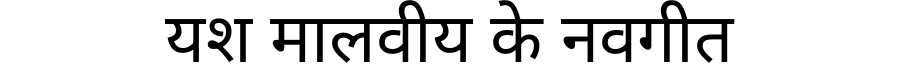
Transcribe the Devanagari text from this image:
यश मालवीय के नवगीत